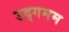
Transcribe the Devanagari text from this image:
उद्गमम